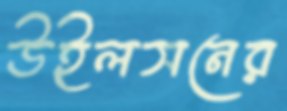
উইলসনের